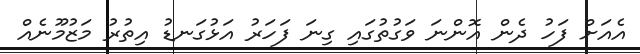
އެއަށް ފަހު ދެން އޮންނަ ވަގުތުގައި ގިނަ ފަހަރު އަޅުގަނޑު އިތުރު މަޒުމޫނެއް